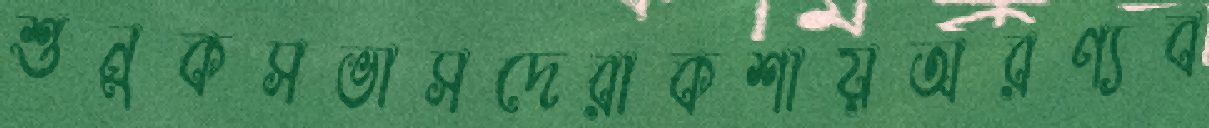
শুনুকসভাসদেরাকশায়অরণ্যব